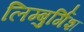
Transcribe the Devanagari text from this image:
लिम्बुर्गिश